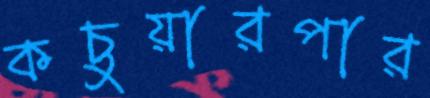
কচুয়ারপার